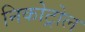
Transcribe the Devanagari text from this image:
निकोट्रोल